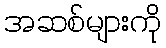
အဆစ်များကို